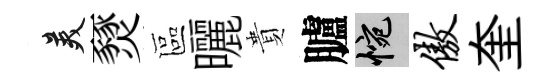
美燹區曬貴臚惋傲奎